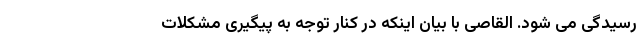
رسیدگی می شود. القاصی با بیان اینکه در کنار توجه به پیگیری مشکلات